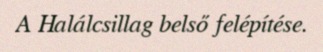
A Halálcsillag belső felépítése.